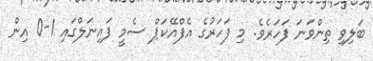
ބަލިވި ތިންވަނަ ފަހަރެވެ. މި ފަހަރުގެ އެފްއޭކަޕް ސެމީ ފައިނަލްގައި 1-0 އިން